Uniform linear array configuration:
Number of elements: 8
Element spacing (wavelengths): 0.25
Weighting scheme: kaiser
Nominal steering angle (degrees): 45
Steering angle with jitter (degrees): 43.025
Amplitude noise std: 0.05
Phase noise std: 0.05

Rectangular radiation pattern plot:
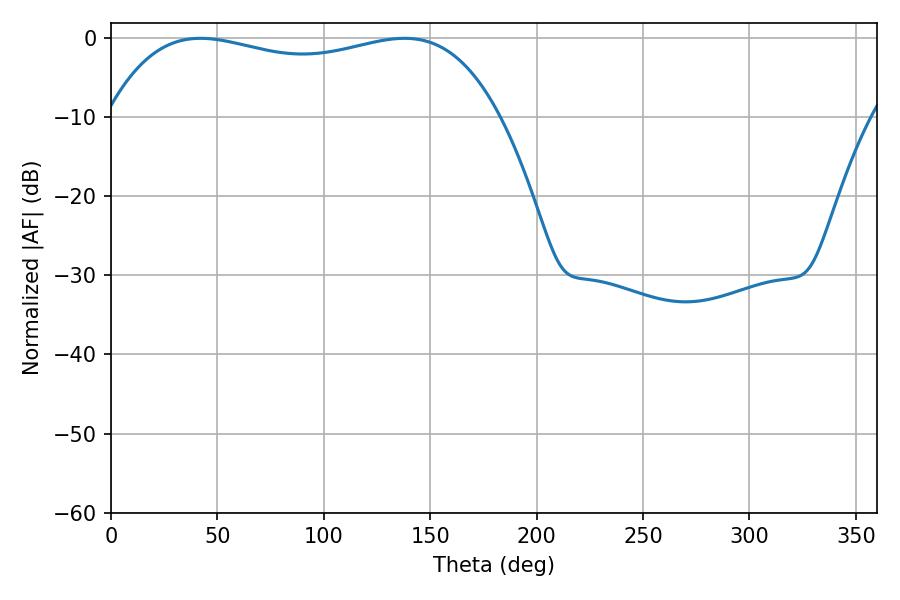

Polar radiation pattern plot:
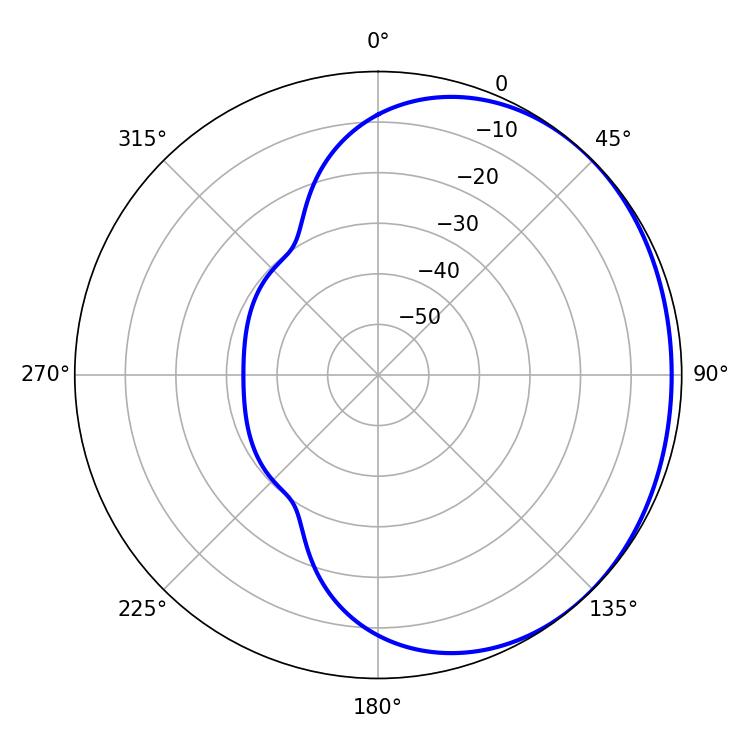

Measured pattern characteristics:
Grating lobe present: FALSE
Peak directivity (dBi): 1.061
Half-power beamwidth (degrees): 149.4
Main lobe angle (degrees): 42.12